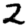
Digit: 2